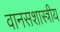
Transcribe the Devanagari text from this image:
वानसशास्त्रीय